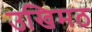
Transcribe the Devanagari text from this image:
उखिमठ